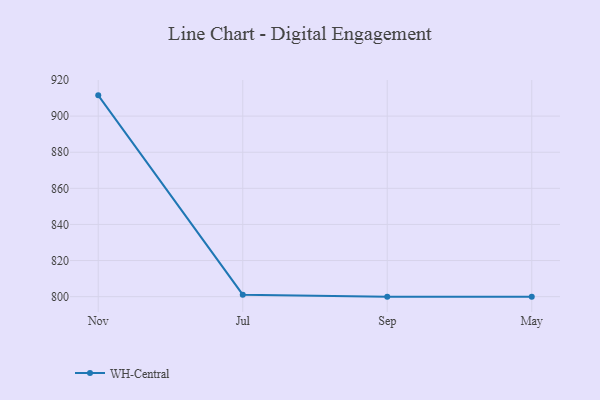
{"axis": {"x": "Month", "y": "Revenue (USD Million)"}, "legend": ["WH-Central"], "data": [{"x": "Nov", "y": 911.5, "type": "WH-Central"}, {"x": "Jul", "y": 801.1, "type": "WH-Central"}, {"x": "Sep", "y": 800, "type": "WH-Central"}, {"x": "May", "y": 800, "type": "WH-Central"}]}